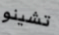
تشينو